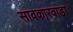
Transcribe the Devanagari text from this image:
सावकारवाडा